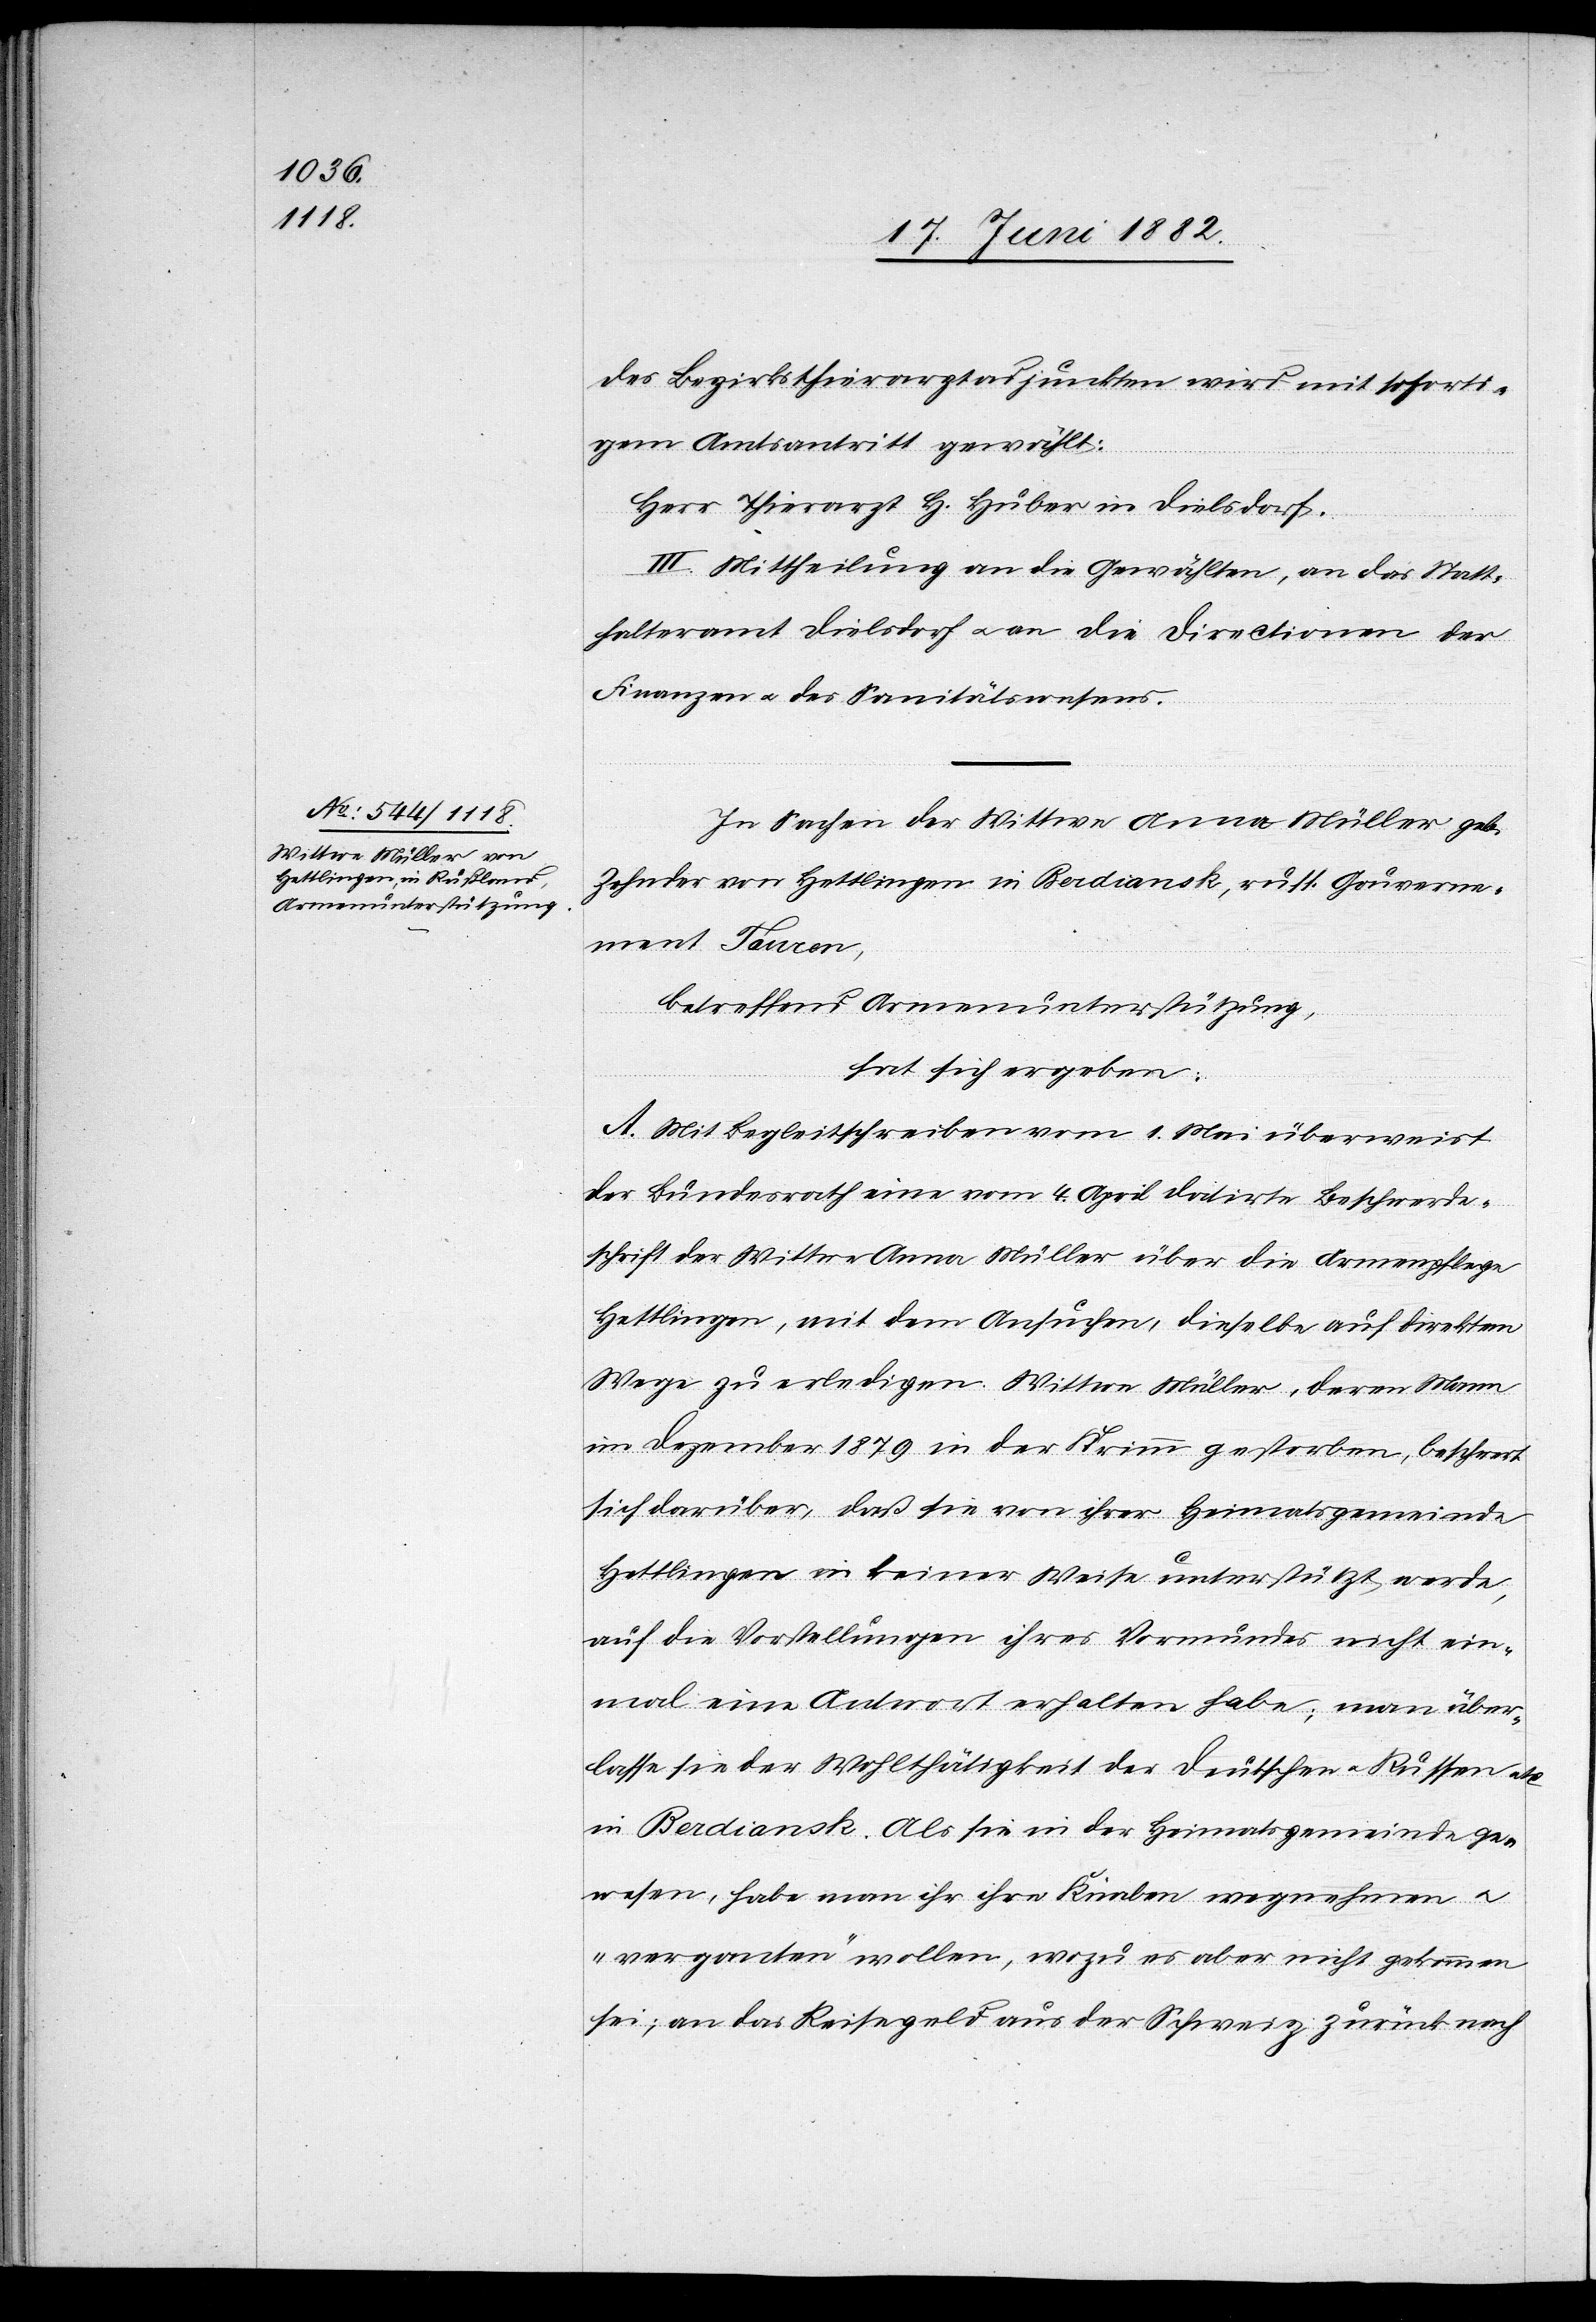
des Bezirksthierarztadjunkten wird mit soforti¬
gem Amtsantritt gewählt:
Herr Thierarzt H. Huber in Dielsdorf.
III. Mittheilung an die Gewählten, an das Statt¬
halteramt Dielsdorf u. an die Directionen der
Finanzen u. des Sanitätswesens.
In Sachen der Wittwe Anna Müller geb.
Zehnder von Hettlingen in Berdiansk, russ. Gouverne¬
ment Tauron,
betreffend Armenunterstützung,
hat sich ergeben:
A. Mit Begleitschreiben vom 1. Mai überweist
der Bundesrath eine vom 4. April datirte Beschwerde¬
schrift der Wittwe Anna Müller über die Armenpflege
Hettlingen, mit dem Ansuchen, dieselbe auf direktem
Wege zu erledigen. Wittwe Müller, deren Mann
im Dezember 1879 in der Krimm gestorben, beschwert
sich darüber, daß sie von ihrer Heimatsgemeinde
Hettlingen in keiner Weise unterstützt werde,
auf die Vorstellungen ihres Vormundes nicht ein¬
mal eine Antwort erhalten habe; man über¬
lasse sie der Wohlthätigkeit der Deutschen u. Russen etc.
in Berdiansk. Als sie in der Heimatsgemeinde ge¬
wesen, habe man ihr ihre Knaben wegnehmen u.
„verganten“ wollen, wozu es aber nicht gekommen
sei; an das Reisegeld aus der Schweiz zurück nach